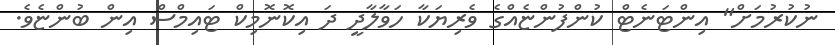
ނުކުރުމަށް" އިންޓަނެޓް ކުންފުންޏެއްގެ ވެރިޔަކާ ހަވާލާދީ ދަ އިކޮނޮމިކް ޓައިމްސް އިން ބުންޏެވެ.